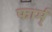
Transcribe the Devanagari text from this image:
फार्म्